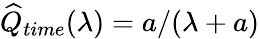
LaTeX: \widehat{Q}_{time}(\lambda)=a/(\lambda+a)